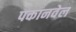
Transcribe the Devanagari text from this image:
पकानवेल